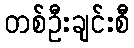
တစ်ဦးချင်းစီ